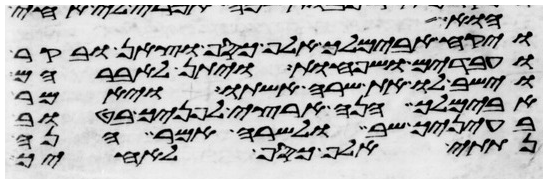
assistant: הוא
ויקח אבימלך אלף כסף וצאן ובקר
ועבדים ושפחות ויתן לאברהם
וישב לו את שרה אשתו ויאמר
אבימלך הנה ארצי לפניך בטוב
בעיניך שב ולשרה אמר הנה
נתתי אלף כסף לאחיך